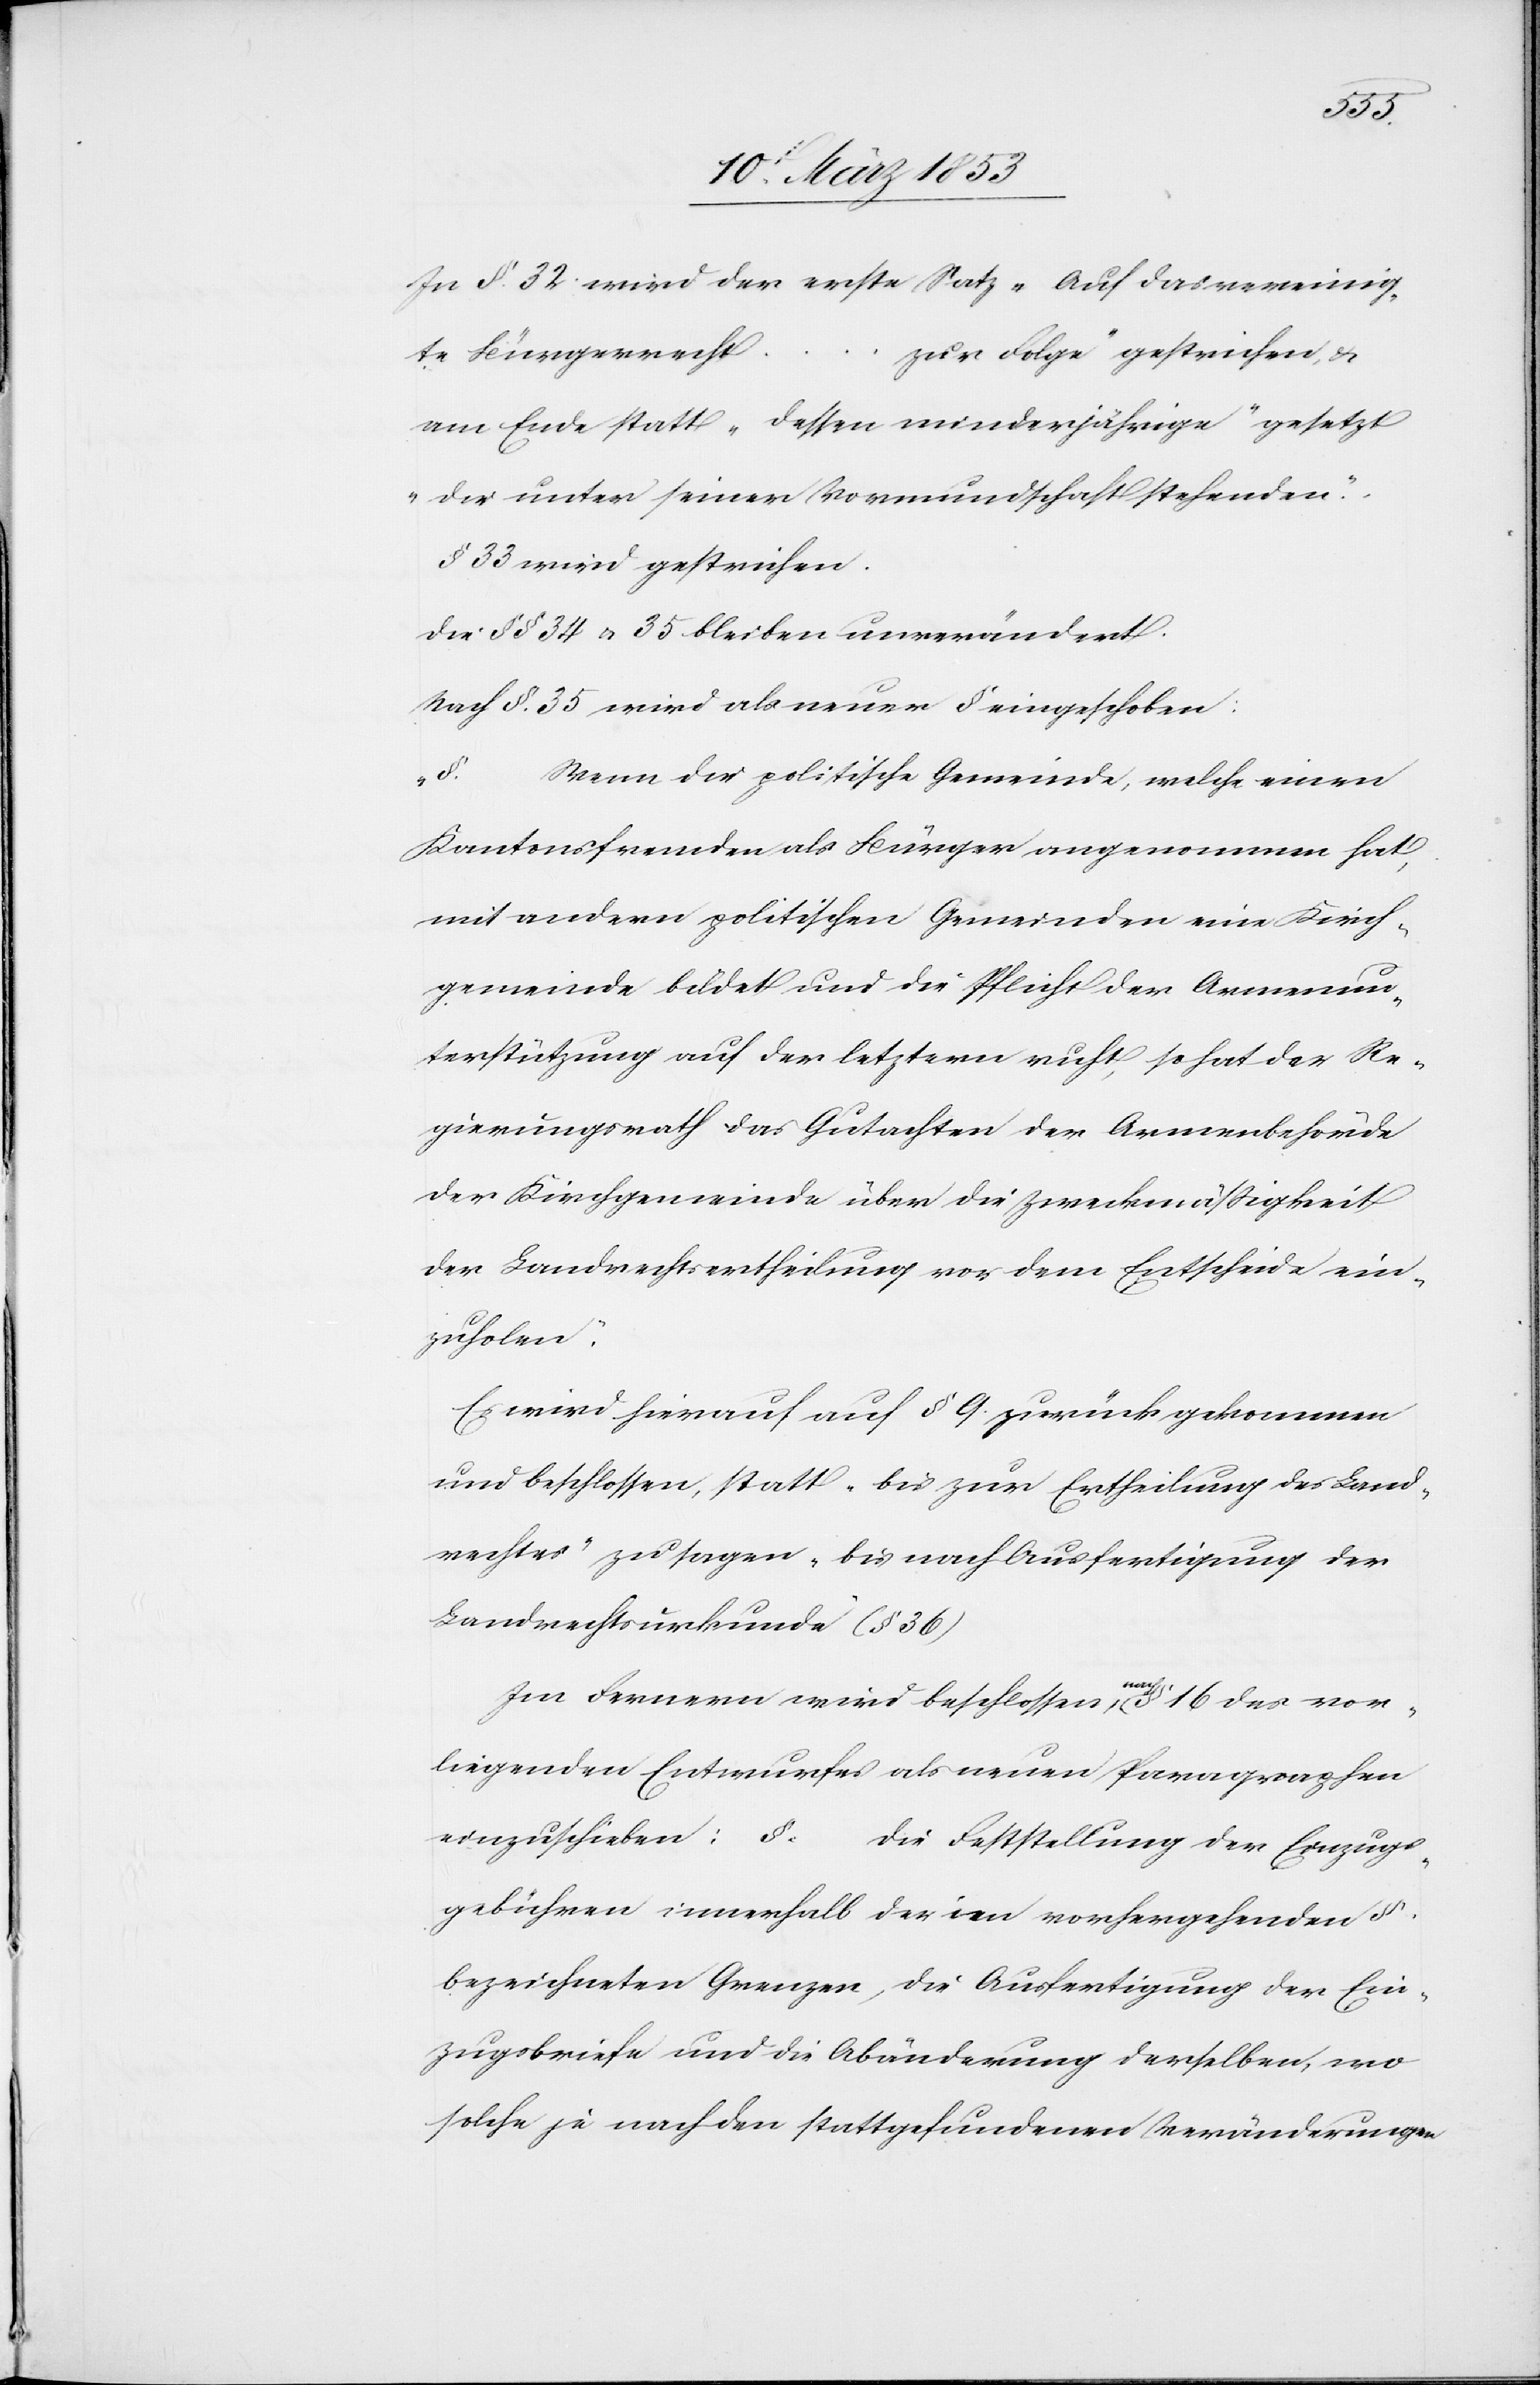
In § 32. wird der erste Satz „Auf das vereinig¬
te Bürgerrech¬
t…zur Folge“ gestrichen, u.
am Ende statt „dessen minderjährige“ gesetzt
„der unter seiner Vormundschaft stehenden.“
§ 33 wird gestrichen.
Die §§ 34 u. 35 bleiben unverändert.
Nach §. 35 wird als neuer § eingeschoben:
„
§.
Wenn die politische Gemeinde, welche einen
Kantonsfremden als Bürger angenommen hat,
mit andern politischen Gemeinden eine Kirch¬
gemeinde bildet und die Pflicht der Armenun¬
terstützung auf der letztern ruht, so hat der Re¬
gierungsrath das Gutachten der Armenbehörde
der Kirchgemeinde über die Zweckmäßigkeit
der Landrechtsertheilung vor dem Entscheide ein¬
zuholen.
Es wird hierauf auf § 9. zurückgekommen
und beschlossen, statt „bis zur Ertheilung des Land¬
rechtes“ zu sagen „bis nach Ausfertigung der
Landrechtsurkunde“ (§ 36)
Im Fernern wird beschlossen, nach § 16 des vor¬
liegenden Entwurfes als neuen Paragraphen
einzuschieben: §.
Die Feststellung der Einzugs¬
gebühren innerhalb der im vorhergehenden §.
bezeichneten Grenzen, die Ausfertigung der Ein¬
zugsbriefe und die Abänderung derselben, wo
solche je nach den stattgefundenen Veränderungen